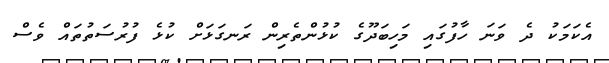
އެކަމަކު ދެ ވަނަ ހާފުގައި މަހިބަދޫގެ ކުޅުންތެރިން ރަނގަޅަށް ކުޅެ ފުރުސަތުތައް ވެސް